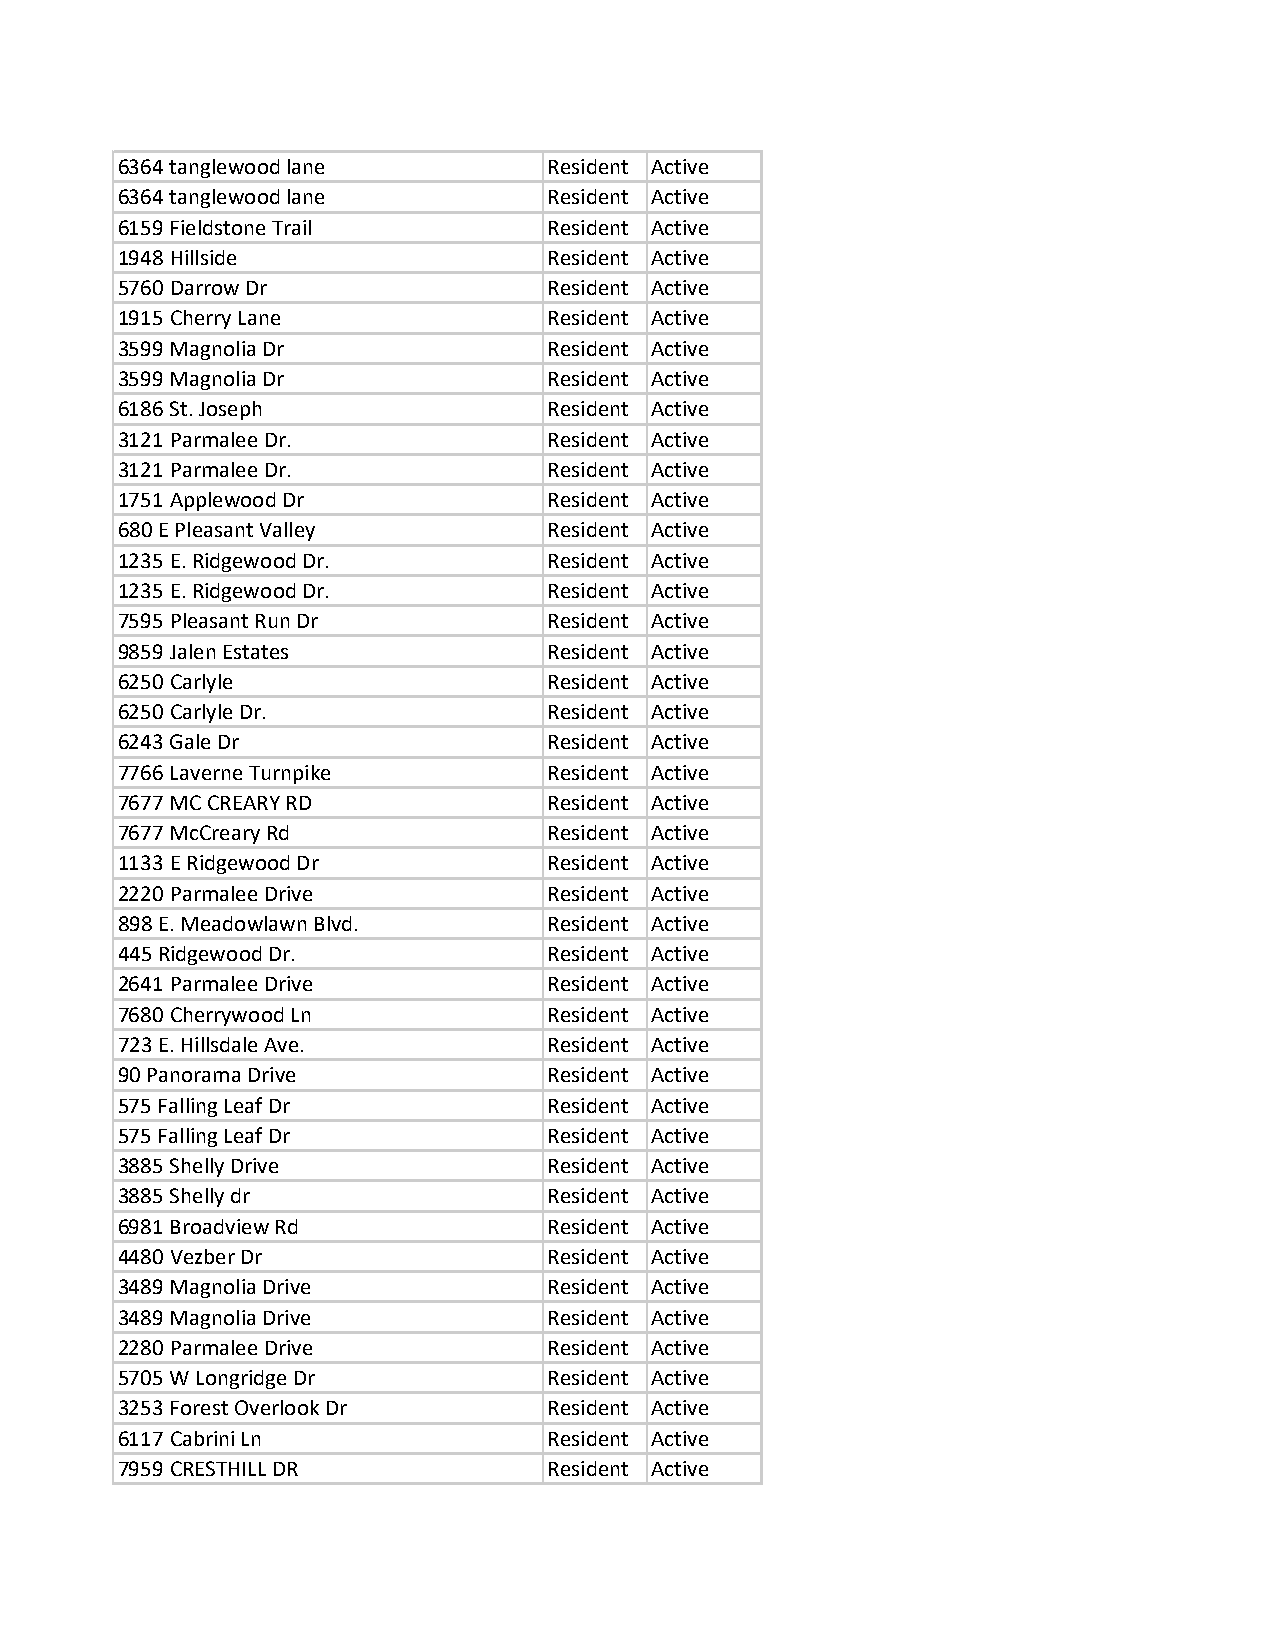
6364 tanglewood lane        Resident Active
 6364 tanglewood lane        Resident Active
 6159 Fieldstone Trail       Resident Active
 1948 Hillside               Resident Active
 5760 Darrow Dr              Resident Active
 1915 Cherry Lane            Resident Active
 3599 Magnolia Dr            Resident Active
 3599 Magnolia Dr            Resident Active
 6186 St. Joseph             Resident Active
 3121 Parmalee Dr.           Resident Active
 3121 Parmalee Dr.           Resident Active
 1751 Applewood Dr           Resident Active
 680 E Pleasant Valley       Resident Active
 1235 E. Ridgewood Dr.       Resident Active
 1235 E. Ridgewood Dr.       Resident Active
 7595 Pleasant Run Dr        Resident Active
 9859 Jalen Estates          Resident Active
 6250 Carlyle                Resident Active
 6250 Carlyle Dr.            Resident Active
 6243 Gale Dr                Resident Active
 7766 Laverne Turnpike       Resident Active
 7677 MC CREARY RD           Resident Active
 7677 McCreary Rd            Resident Active
 1133 E Ridgewood Dr         Resident Active
 2220 Parmalee Drive         Resident Active
 898 E. Meadowlawn Blvd.     Resident Active
 445 Ridgewood Dr.           Resident Active
 2641 Parmalee Drive         Resident Active
 7680 Cherrywood Ln          Resident Active
 723 E. Hillsdale Ave.       Resident Active
 90 Panorama Drive           Resident Active
 575 Falling Leaf Dr         Resident Active
 575 Falling Leaf Dr         Resident Active
 3885 Shelly Drive           Resident Active
 3885 Shelly dr              Resident Active
 6981 Broadview Rd           Resident Active
 4480 Vezber Dr              Resident Active
 3489 Magnolia Drive         Resident Active
 3489 Magnolia Drive         Resident Active
 2280 Parmalee Drive         Resident Active
 5705 W Longridge Dr         Resident Active
 3253 Forest Overlook Dr     Resident Active
 6117 Cabrini Ln             Resident Active
 7959 CRESTHILL DR           Resident Active